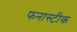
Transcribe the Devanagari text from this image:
फनास्टीक